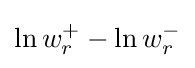
\ln w_{r}^{+}-\ln w_{r}^{-}